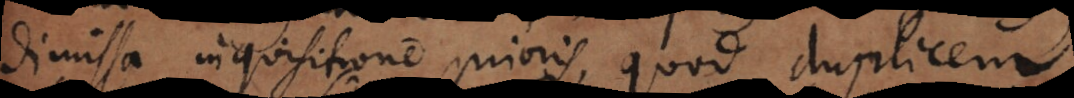
dimissa inquisitione prioris, quod duplicem